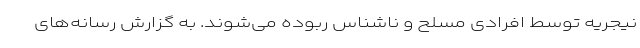
نیجریه توسط افرادی مسلح و ناشناس ربوده می‌شوند. به گزارش رسانه‌های